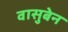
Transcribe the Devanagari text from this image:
वासुबेन